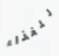
للغذاء